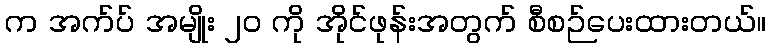
က အက်ပ် အမျိုး ၂၀ ကို အိုင်ဖုန်းအတွက် စီစဉ်ပေးထားတယ်။